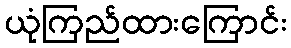
ယုံကြည်ထားကြောင်း